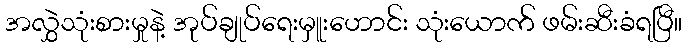
အလွှဲသုံးစားမှုနဲ့ အုပ်ချုပ်ရေးမှူးဟောင်း သုံးယောက် ဖမ်းဆီးခံရပြီ။